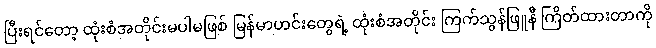
ပြီးရင်တော့ ထုံးစံအတိုင်းမပါမဖြစ် မြန်မာဟင်းတွေရဲ့ ထုံးစံအတိုင်း ကြက်သွန်ဖြူနီ ကြိတ်ထားတာကို